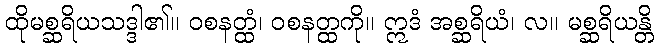
ထိုမစ္ဆရိယသဒ္ဒါ၏။ ဝစနတ္ထံ၊ ဝစနတ္ထကို။ ဣဒံ အစ္ဆရိယံ၊ လ။ မစ္ဆရိယန္တိ